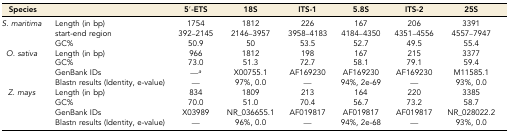
<table><thead><tr><td><b>Species</b></td><td></td><td><b>5′-ETS</b></td><td><b>18S</b></td><td><b>ITS-1</b></td><td><b>5.8S</b></td><td><b>ITS-2</b></td><td><b>25S</b></td></tr></thead><tbody><tr><td rowspan="3"><i>S. maritima</i></td><td>Length (in bp)</td><td>1754</td><td>1812</td><td>226</td><td>167</td><td>206</td><td>3391</td></tr><tr><td>start-end region</td><td>392–2145</td><td>2146–3957</td><td>3958–4183</td><td>4184–4350</td><td>4351–4556</td><td>4557–7947</td></tr><tr><td>GC%</td><td>50.9</td><td>50</td><td>53.5</td><td>52.7</td><td>49.5</td><td>55.4</td></tr><tr><td rowspan="4"><i>O. sativa</i></td><td>Length (in bp)</td><td>966</td><td>1812</td><td>198</td><td>167</td><td>215</td><td>3377</td></tr><tr><td>GC%</td><td>73.0</td><td>51.3</td><td>72.7</td><td>58.1</td><td>79.1</td><td>59.4</td></tr><tr><td>GenBank IDs</td><td>—<i><sup>a</sup></i></td><td>X00755.1</td><td>AF169230</td><td>AF169230</td><td>AF169230</td><td>M11585.1</td></tr><tr><td>Blastn results (Identity, e-value)</td><td>—</td><td>97%, 0.0</td><td>—</td><td>94%, 2e-69</td><td>—</td><td>93%, 0.0</td></tr><tr><td rowspan="4"><i>Z. mays</i></td><td>Length (in bp)</td><td>834</td><td>1809</td><td>213</td><td>164</td><td>220</td><td>3385</td></tr><tr><td>GC%</td><td>70.0</td><td>51.0</td><td>70.4</td><td>56.7</td><td>73.2</td><td>58.7</td></tr><tr><td>GenBank IDs</td><td>X03989</td><td>NR_036655.1</td><td>AF019817</td><td>AF019817</td><td>AF019817</td><td>NR_028022.2</td></tr><tr><td>Blastn results (Identity, e-value)</td><td>—</td><td>96%, 0.0</td><td>—</td><td>94%, 2e-68</td><td>—</td><td>93%, 0.0</td></tr></tbody></table>